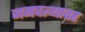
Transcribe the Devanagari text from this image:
जमवल्यावर